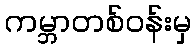
ကမ္ဘာတစ်ဝန်းမှ